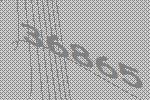
36865